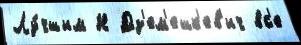
Лу́чшим Н Дз'ем'ешк'ев'ич вс'е